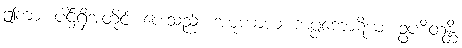
ဤကား ပါဌ်ရှိအတိုင်း ပေးသည်။ အမုကာယံ ကပ္ပကောဋိယံ၊ ဥပစိတန္တိ